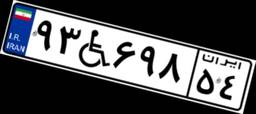
۹۳W۶۹۸۵۴